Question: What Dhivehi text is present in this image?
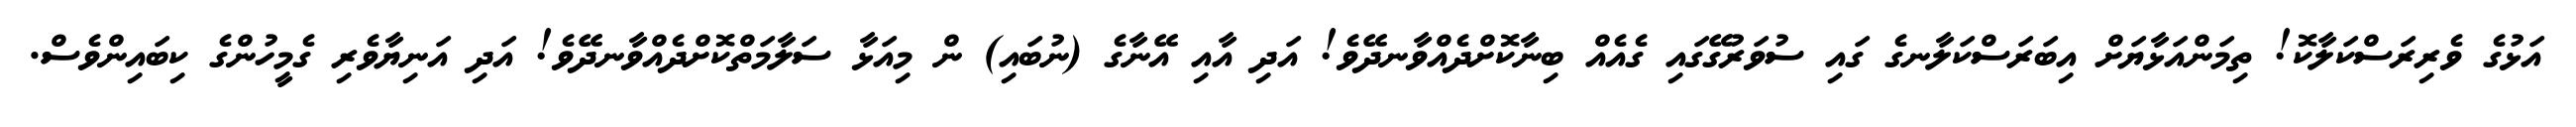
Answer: އަޅުގެ ވެރިރަސްކަލާކޮ! ތިމަންއަޅާޔަށް އިބަރަސްކަލާނގެ ގައި ސުވަރުގޭގައި ގެއެއް ބިނާކޮށްދެއްވާނދޭވެ! އަދި އާއި އޭނާގެ (ނުބައި) ން މިއަޅާ ސަލާމަތްކޮށްދެއްވާނދޭވެ! އަދި އަނިޔާވެރި ގެމީހުންގެ ކިބައިންވެސް.